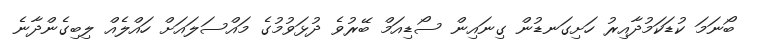
ބޯނަމަ ކުޑަކަމުދާއިރު ހަށިގަނޑުން ގިނައިން ސޯޑިއަމް ބޭރުވެ ދުޅަވުމުގެ މައްސަލައަށް ހައްލެއް ލިބިގެންދާނެ